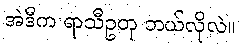
အဲဒီက ရာသီဥတု ဘယ်လိုလဲ။